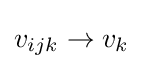
v_{ijk}\rightarrow v_{k}